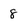
Character: 8